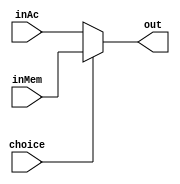
module mrs( //Mux Register Source
    inAc,
    inMem,
    choice,
    out
);

input[7:0] inAc;
input[7:0] inMem;
input choice;
output reg[7:0] out;

always@(*)
    if (choice == 1) begin
        out = inMem;
    end else begin
        out = inAc;
    end
endmodule